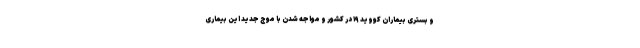
و بستری بیماران کووید ۱۹ در کشور و مواجه شدن با موج جدید این بیماری